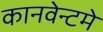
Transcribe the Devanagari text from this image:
कानवेन्टमे